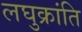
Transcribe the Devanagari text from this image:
लघुक्रांति